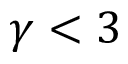
\gamma < 3